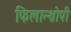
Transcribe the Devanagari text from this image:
फिलान्थ्रोपी